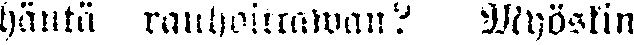
häntä rauhoittawan? Myöskin